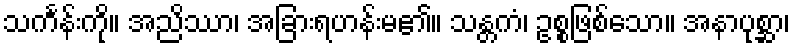
သင်္ကန်းကို။ အညိဿာ၊ အခြားရဟန်းမ၏။ သန္တကံ၊ ဥစ္စဖြစ်သော။ အနာပုစ္ဆာ၊